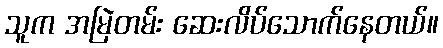
သူက အမြဲတမ်း ဆေးလိပ်သောက်နေတယ်။